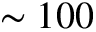
\sim 1 0 0